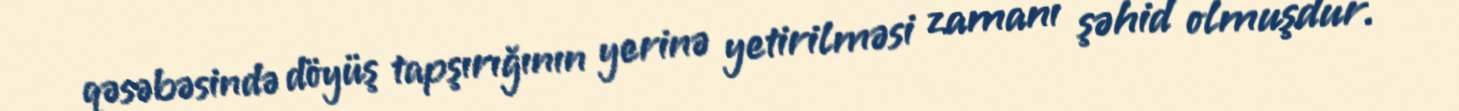
qəsəbəsində döyüş tapşırığının yerinə yetirilməsi zamanı şəhid olmuşdur.